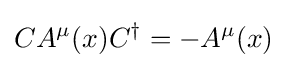
CA^{\mu }(x)C^{\dagger }=-A^{\mu }(x)